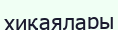
хиқаялары